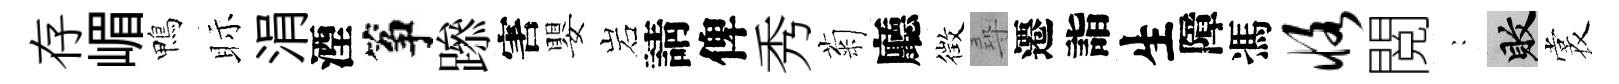
存嵋鴨眎涓湮筝𨅶害嬰岩請俾秀菊廳徴尋遷詣生障馮恪閲巍敗裳